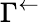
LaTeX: \Gamma^{\leftarrow}